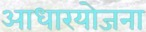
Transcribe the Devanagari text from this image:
आधारयोजना